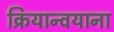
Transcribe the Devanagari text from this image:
क्रियान्वयाना